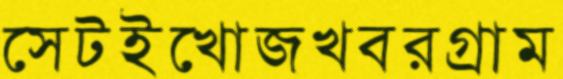
সেটইখোজখবরগ্রাম